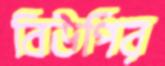
বিউপির